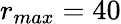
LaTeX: r_{max}=40